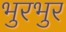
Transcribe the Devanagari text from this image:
भुरभुर